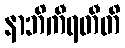
နာဘိကီရတီတိ